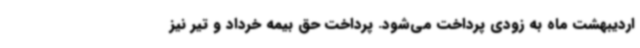
اردیبهشت ماه به زودی پرداخت می‌شود. پرداخت حق بیمه خرداد و تیر نیز